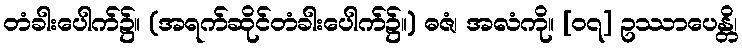
တံခါးပေါက်၌။ (အရက်ဆိုင်တံခါးပေါက်၌။) ဓဇံ၊ အလံကို။ [၀၇] ဥဿာပေန္တိ၊